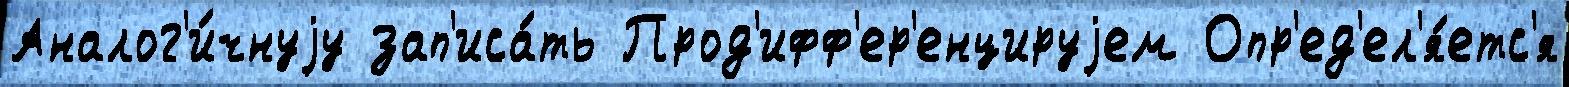
Аналог'и́чнуjу зап'иса́ть Прод'ифф'ер'енцируjем Опр'ед'ел'я́етс'я